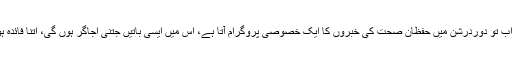
اور اب تو دوردرشن میں حفظان صحت کی خبروں کا ایک خصوصی پروگرام آتا ہے، اس میں ایسی باتیں جتنی اجاگر ہوں گی، اتنا فائدہ ہو گا۔